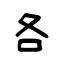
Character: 各